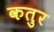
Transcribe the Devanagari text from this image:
कतुर